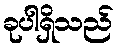
ခုပါရှိသည်